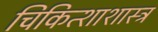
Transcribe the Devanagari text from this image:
चिकित्शाशास्त्र